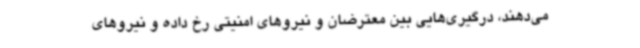
می‌دهند، درگیری‌هایی بین معترضان و نیروهای امنیتی رخ داده و نیروهای